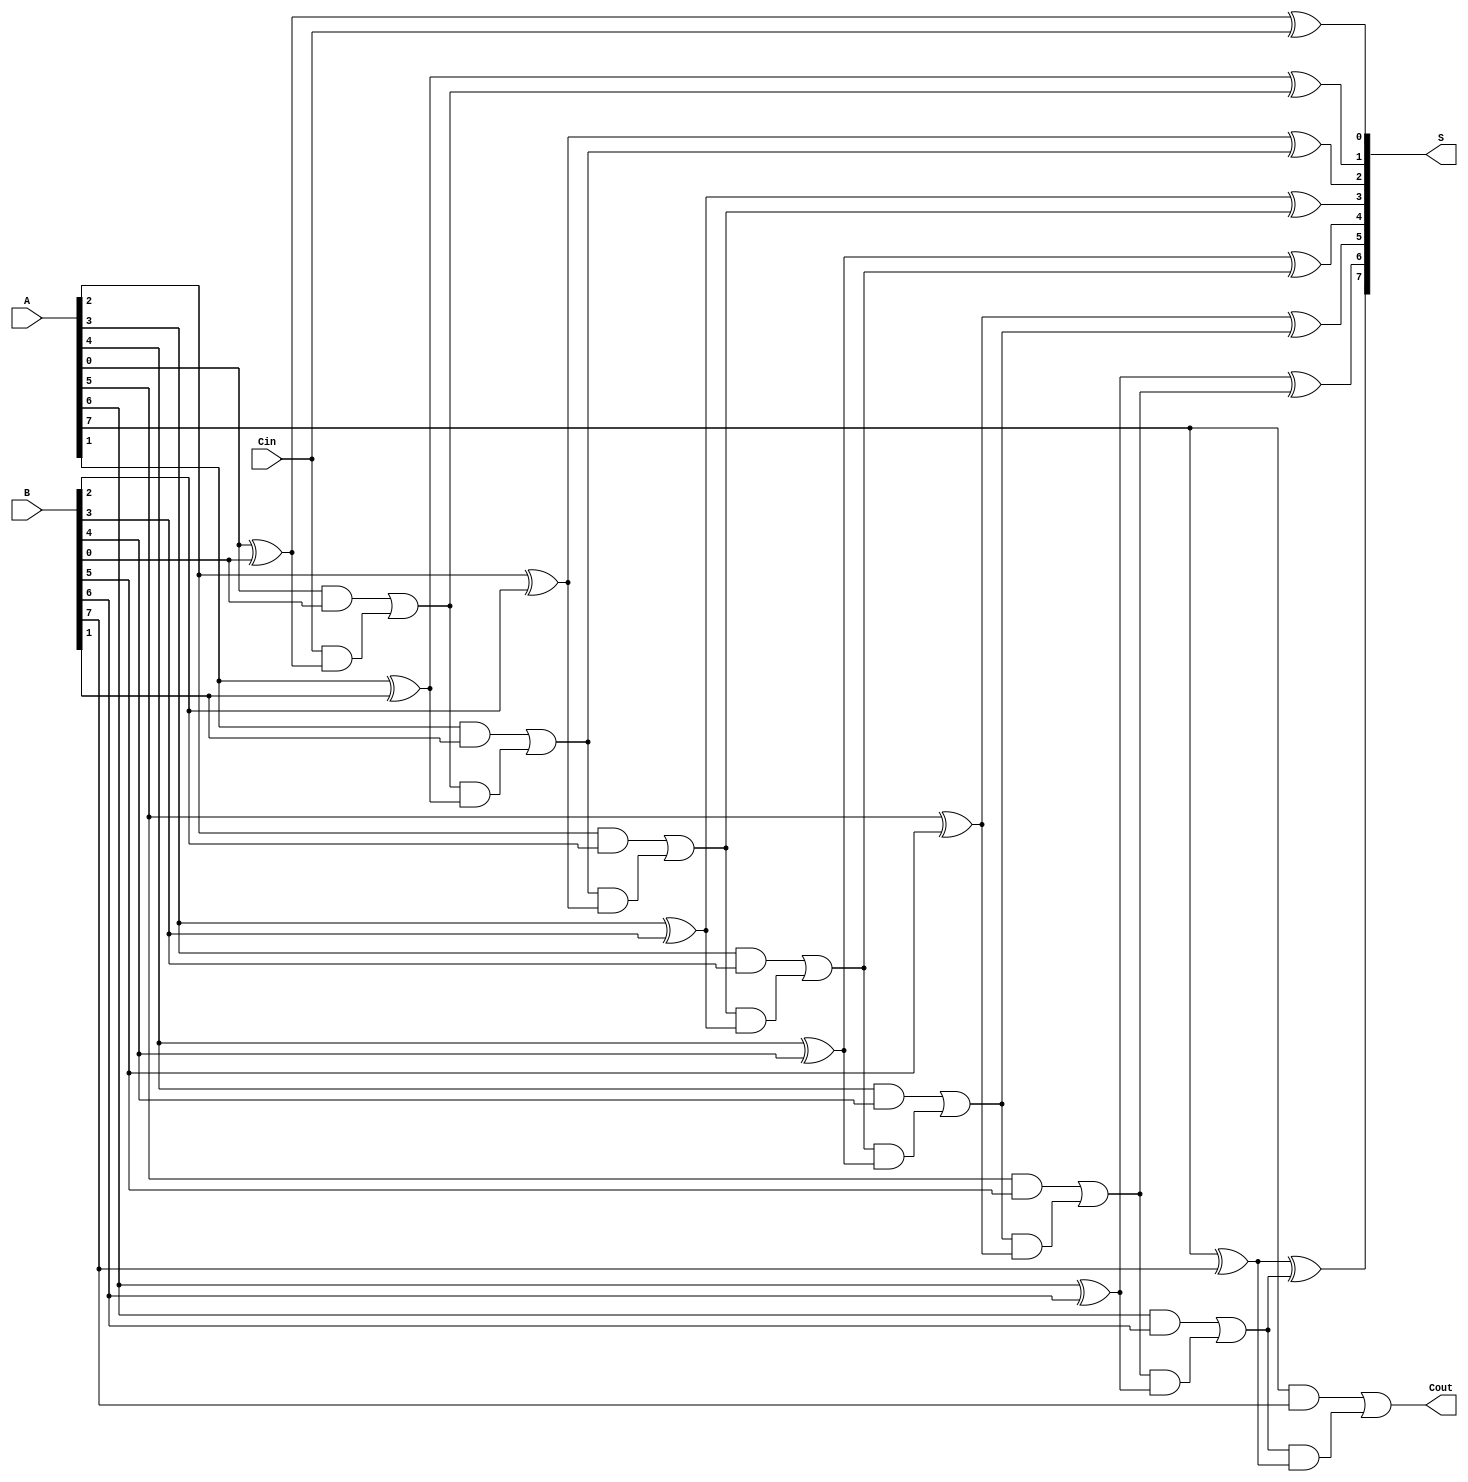
module ManchesterCarryChainAdder #(parameter N = 8) (
    input  wire [N-1:0] A,      // First operand
    input  wire [N-1:0] B,      // Second operand
    input  wire Cin,             // Carry-in
    output wire [N-1:0] S,       // Sum output
    output wire Cout             // Carry-out
);

    wire [N:0] C; // Carry chain, C[0] is the initial carry-in

    assign C[0] = Cin; // Initial carry-in

    generate
        genvar i;
        for (i = 0; i < N; i = i + 1) begin: carry_chain
            // Sum calculation
            assign S[i] = A[i] ^ B[i] ^ C[i];

            // Carry generation
            assign C[i+1] = (A[i] & B[i]) | (C[i] & (A[i] ^ B[i]));
        end
    endgenerate

    assign Cout = C[N]; // Final carry-out

endmodule